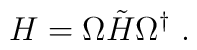
H =  \Omega \tilde{H} \Omega^{\dag}\ .